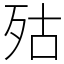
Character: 㱠